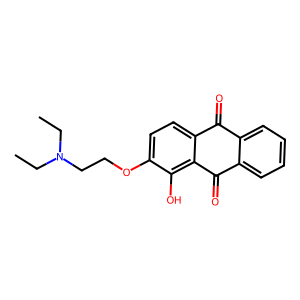
SMILES: CCN(CC)CCOc1ccc2c(c1O)C(=O)c1ccccc1C2=O
Inhibits HIV replication: No